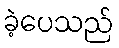
ခဲ့ပေသည်